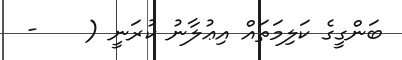
ބަންގީގެ ކަލިމަތައް އިޢުލާނު ކުރަނީ (    -